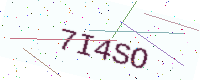
Text: 7I4SO